Problem: 43 + 48 = ?
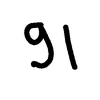
Handwritten answer: 91